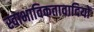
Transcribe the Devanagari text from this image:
स्वाभाविकतावादियों